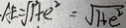
A E = \sqrt { 1 + e ^ { 2 } } = \sqrt { 7 } + e ^ { 2 }